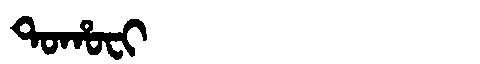
Manchu: ᡨᠣᡥᠣᠸᡳ
Romanization: TOHOFI